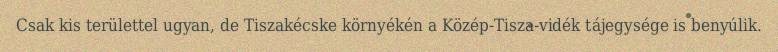
Csak kis területtel ugyan, de Tiszakécske környékén a Közép-Tisza-vidék tájegysége is benyúlik.